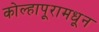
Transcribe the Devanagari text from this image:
कोल्हापूरामधून